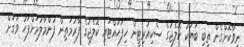
ނިވާކޮށްގެން ތިބި ބަޔަކު ކޮލެޖުގެ ސެކިއުރިޓީން ހިފަހައްޓައި ކޮލެޖުގެ ފާރުމަތިން ފުންމާލުމަށްފަހު ވަގަށް